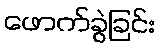
ဖောက်ခွဲခြင်း